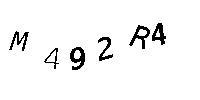
M492R4